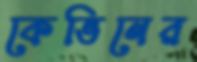
কেভিনের